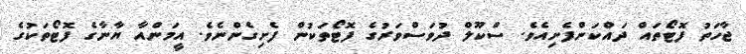
ޖާހަތު ފޮޓޯތައް ދައްކަންފެށިއެވެ. ސްކޫލް ދުވަސްވަރުގެ ފޮޓޯތަކުން ފެށިގެންނެވެ. އީމަންއާ ޔާނާގެ ފޮޓޯތަކުގެ